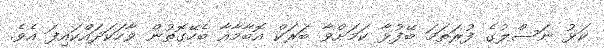
ކަޅު ނަސްލުގެ ފުރަތަމަ ބޭފުޅާ ކަމަށްވާ ބަރަކް އޮބާމާއާ ބެހޭގޮތުން ވާހަކަދައްކައިފަ އެވެ.